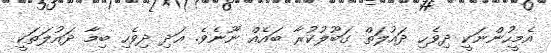
އެމީހުންނަކީ ދިވެހި ދައުލަތް ގަބޫލުކުރާ ބައެއް ނޫނެވެ. އަދި ދިވެހި ބިމާ ދައުލަތަކީ